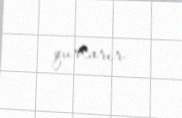
qurtarır.